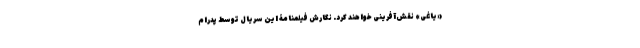
«یاغی» نقش‌آفرینی خواهند کرد. نگارش فیلمنامۀ این سریال توسط پدرام